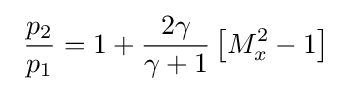
\ {\frac {p_{2}}{p_{1}}}=1+{\frac {2\gamma }{\gamma +1}}\left[M_{x}^{2}-1\right]